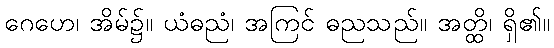
ဂေဟေ၊ အိမ်၌။ ယံဓညံ၊ အကြင် ဓညသည်။ အတ္ထိ၊ ရှိ၏။